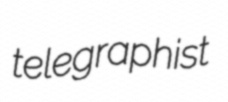
telegraphist